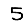
Digit: 5